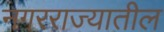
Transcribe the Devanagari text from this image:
नगरराज्यातील